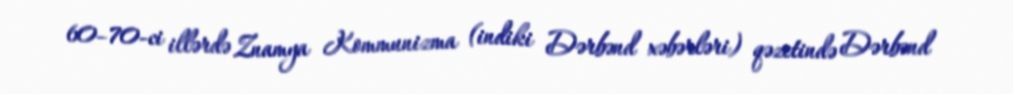
60–70-ci illərdə Znamya Kommunizma (indiki Dərbənd xəbərləri) qəzetində Dərbənd